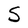
Character: S